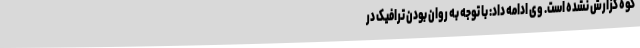
کوه گزارش نشده است. وی ادامه داد: با توجه به روان بودن ترافیک در